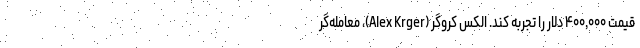
قیمت ۴۰۰,۰۰۰ دلار را تجربه کند. الکس کروگر (Alex Krger)، معامله‌گر